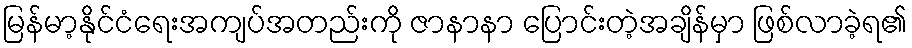
မြန်မာ့နိုင်ငံရေးအကျပ်အတည်းကို ဇာနာနာ ပြောင်းတဲ့အချိန်မှာ ဖြစ်လာခဲ့ရ၏